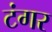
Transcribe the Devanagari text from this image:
टंगर